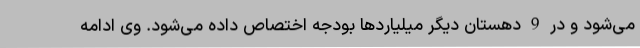
می‌شود و در 9 دهستان دیگر میلیاردها بودجه اختصاص داده می‌شود. وی ادامه